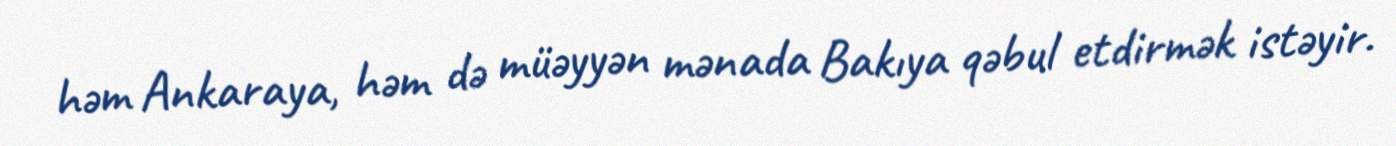
həm Ankaraya, həm də müəyyən mənada Bakıya qəbul etdirmək istəyir.